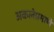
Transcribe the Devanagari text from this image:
अकलेप्रमाणे